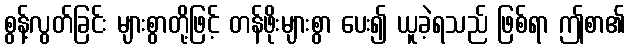
စွန့်လွတ်ခြင်း များစွာတို့ဖြင့် တန်ဖိုးများစွာ ပေး၍ ယူခဲ့ရသည် ဖြစ်ရာ ဤစာ၏